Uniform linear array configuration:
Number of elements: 32
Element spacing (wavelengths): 0.25
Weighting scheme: cosine
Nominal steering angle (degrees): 15
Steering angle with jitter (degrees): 14.304
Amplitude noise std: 0.05
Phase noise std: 0.05

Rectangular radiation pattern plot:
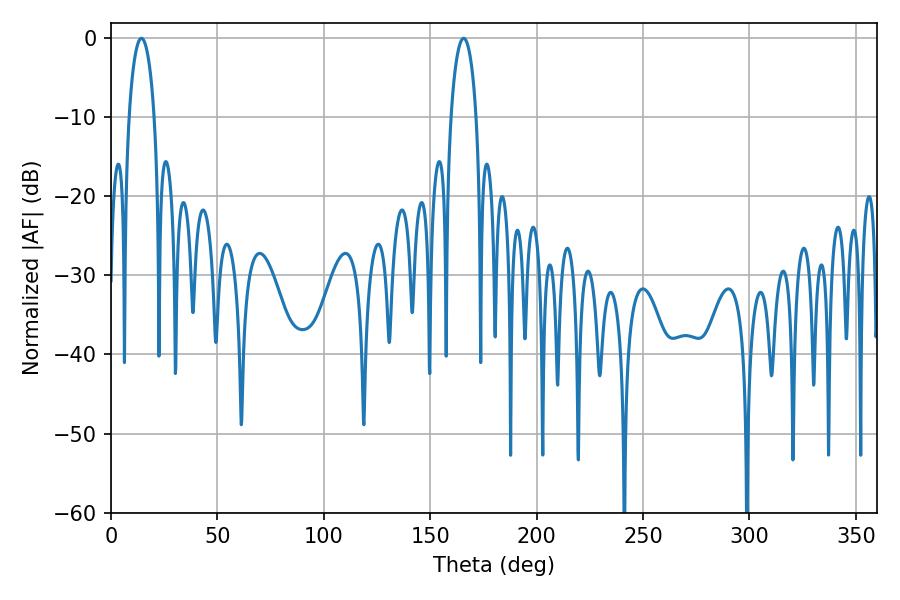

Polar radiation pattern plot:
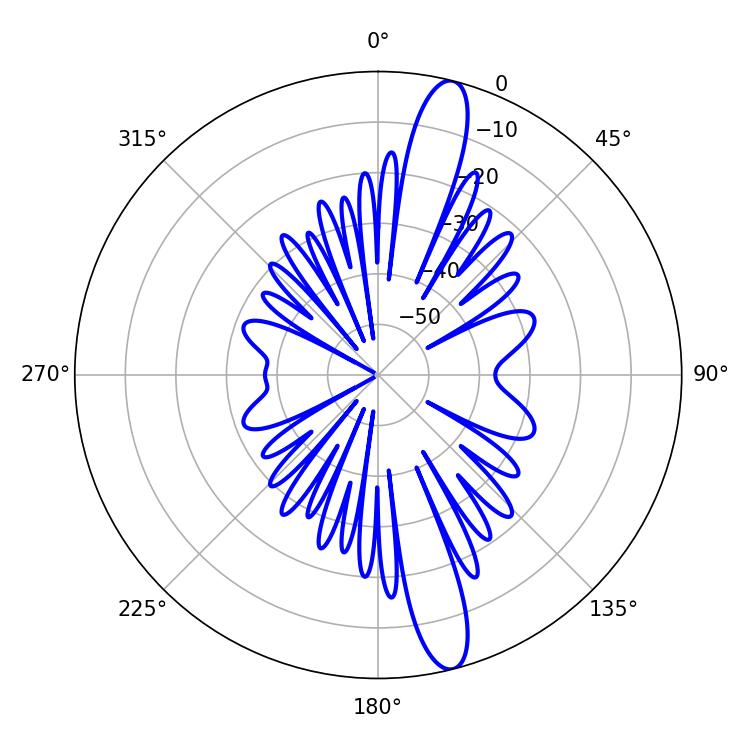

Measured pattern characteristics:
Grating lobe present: FALSE
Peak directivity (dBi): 14.881
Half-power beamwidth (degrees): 6.66
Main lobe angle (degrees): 14.22